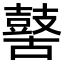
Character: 𪔐